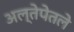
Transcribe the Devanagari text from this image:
अल्तेपेतले